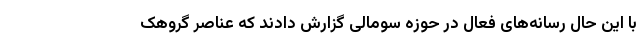
با این حال رسانه‌های فعال در حوزه سومالی گزارش دادند که عناصر گروهک